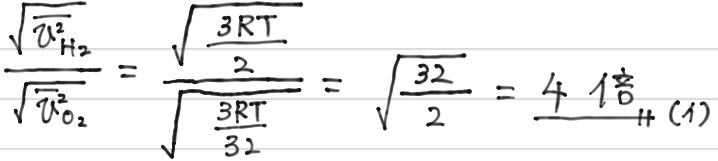
\[
\frac{\sqrt{\overline{v}^2_{\mathrm{H}_2}}}{\sqrt{\overline{v}^2_{\mathrm{O}_2}}} = \frac{\sqrt{\frac{3RT}{2}}}{\sqrt{\frac{3RT}{32}}} = \sqrt{\frac{32}{2}} = \frac{4}{1}\text{倍}\ (1)
\]